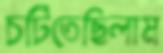
চটিতেছিলাম